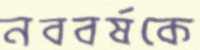
নববর্ষকে